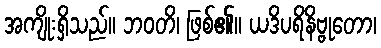
အကျိုးရှိသည်။ ဘဝတိ၊ ဖြစ်၏။ ယဒိပရိနိဗ္ဗုတော၊